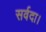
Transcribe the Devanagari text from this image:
सर्वदा।